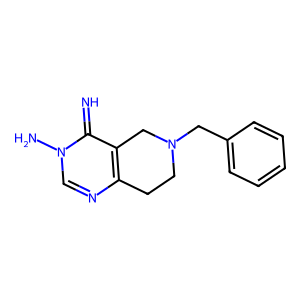
SMILES: N=c1c2c(ncn1N)CCN(Cc1ccccc1)C2
Inhibits HIV replication: No